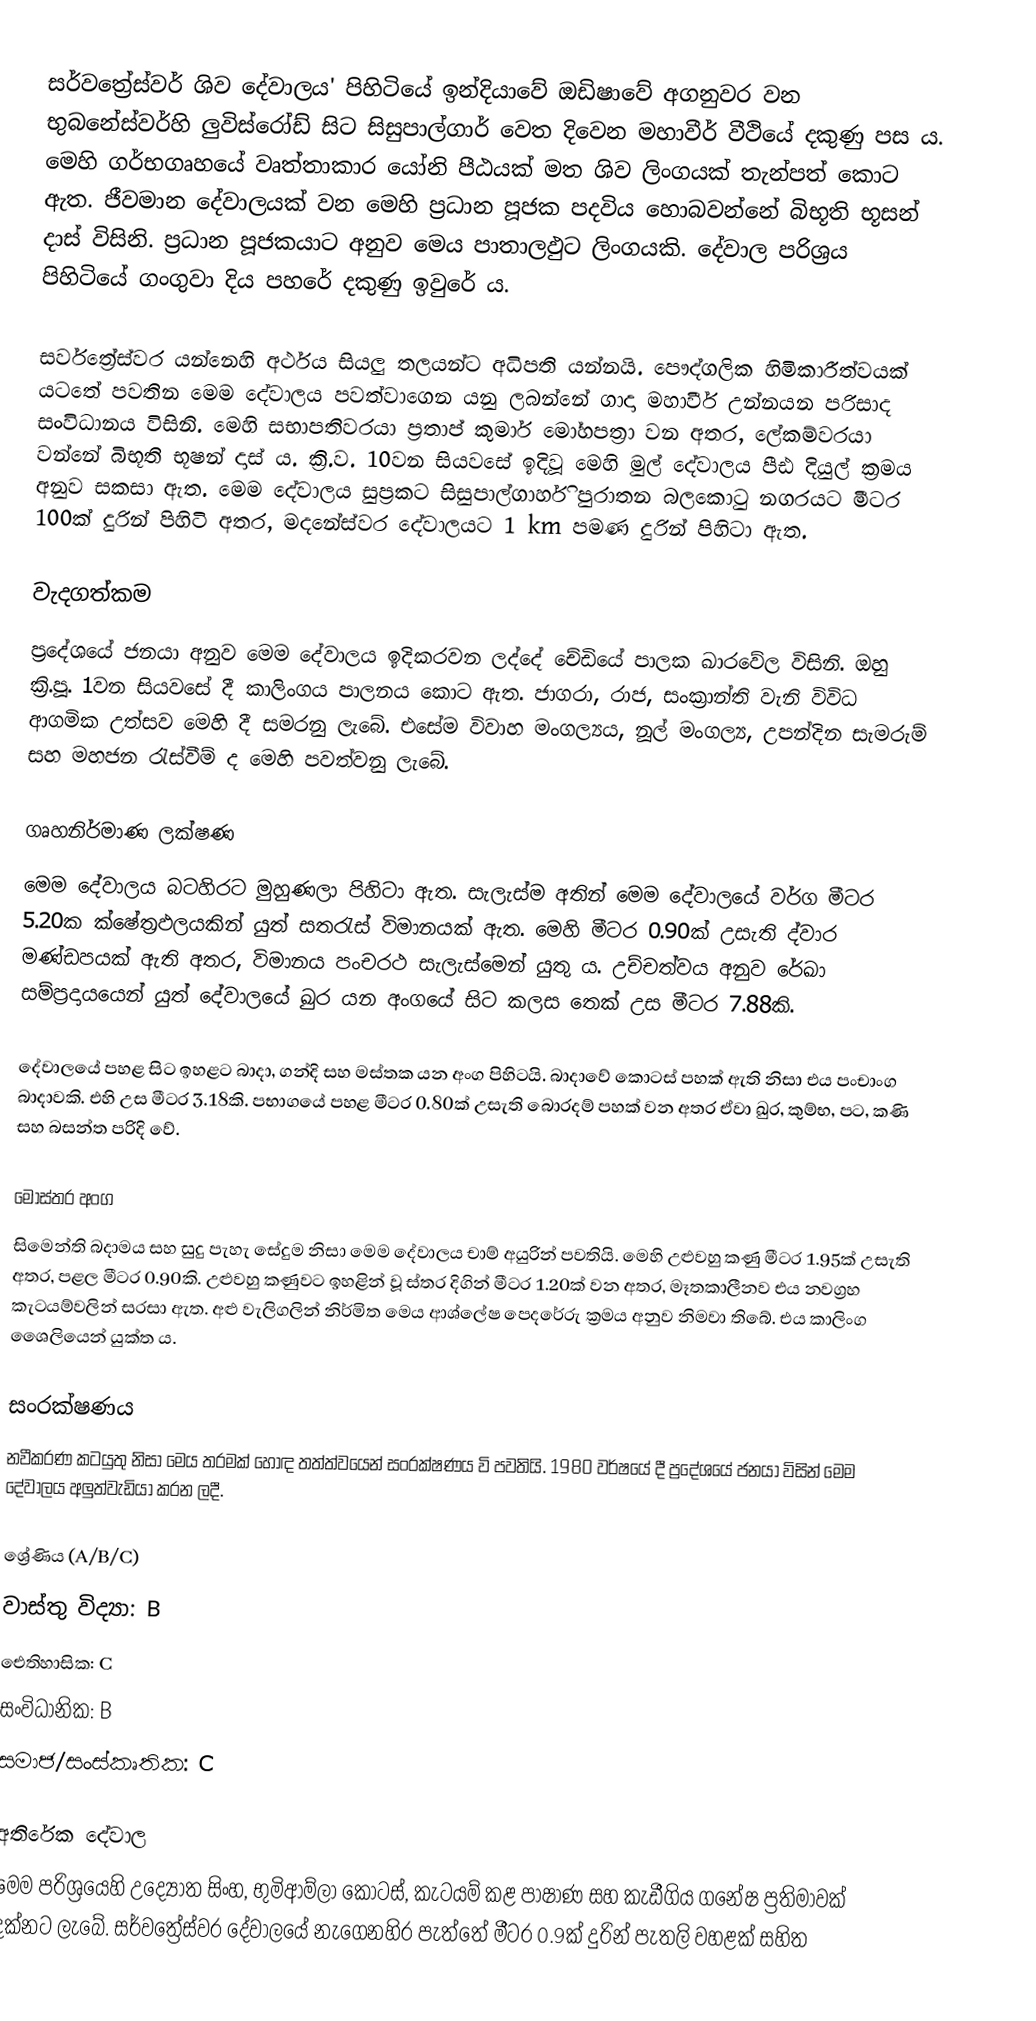
සර්වත්‍රේස්වර් ශිව දේවාලය' පිහිටියේ ඉන්දියාවේ ඔඩිෂාවේ අගනුවර වන භුබනේස්වර්හි ලුවිස්රෝඩ් සිට සිසුපාල්ගාර් වෙත දිවෙන මහාවීර් වීථියේ දකුණු පස ය. මෙහි ගර්භගෘහයේ වෘත්තාකාර යෝනි පීඨයක් මත ශිව ලිංගයක් තැන්පත් කොට ඇත. ජීවමාන දේවාලයක් වන මෙහි ප්‍රධාන පූජක පදවිය හොබවන්නේ බිභූති භූසන් දාස් විසිනි. ප්‍රධාන පූජකයාට අනුව මෙය පාතාලඵුට ලිංගයකි. දේවාල පරිශ්‍රය පිහිටියේ ගංගුවා දිය පහරේ දකුණු ඉවුරේ ය.

සර්වත්‍රේස්වර යන්නෙහි අර්ථය සියලු තලයන්ට අධිපති යන්නයි. පෞද්ගලික හිමිකාරීත්වයක් යටතේ පවතින මෙම දේවාලය පවත්වාගෙන යනු ලබන්නේ ගාදා මහාවීර් උන්නයන පරිසාද සංවිධානය විසිනි. මෙහි සභාපතිවරයා ප්‍රතාප් කුමාර් මෝහපත්‍රා වන අතර, ලේකම්වරයා වන්නේ බිභූති භූෂන් දාස් ය. ක්‍රි.ව. 10වන සියවසේ ඉදිවූ මෙහි මුල් දේවාලය පීඪ දියුල් ක්‍රමය අනුව සකසා ඇත. මෙම දේවාලය සුප්‍රකට සිසුපාල්ගාර්හි පුරාතන බලකොටු නගරයට මීටර 100ක් දුරින් පිහිටි අතර, මදනේස්වර දේවාලයට 1 km පමණ දුරින් පිහිටා ඇත.

වැදගත්කම
ප්‍රදේශයේ ජනයා අනුව මෙම දේවාලය ඉදිකරවන ලද්දේ චේඩියේ පාලක ඛාරවේල විසිනි. ඔහු ක්‍රි.පූ. 1වන සියවසේ දී කාලිංගය පාලනය කොට ඇත. ජාගරා, රාජ, සංක්‍රාන්ති වැනි විවිධ ආගමික උත්සව මෙහි දී සමරනු ලැබේ. එසේම විවාහ මංගල්‍යය, නූල් මංගල්‍ය, උපන්දින සැමරුම් සහ මහජන රැස්වීම් ද මෙහි පවත්වනු ලැබේ.

ගෘහනිර්මාණ ලක්ෂණ
මෙම දේවාලය බටහිරට මුහුණලා පිහිටා ඇත. සැලැස්ම අතින් මෙම දේවාලයේ වර්ග මීටර 5.20ක ක්ෂේත්‍රඵලයකින් යුත් සතරැස් විමානයක් ඇත. මෙහි මීටර 0.90ක් උසැති ද්වාර මණ්ඩපයක් ඇති අතර, විමානය පංචරථ සැලැස්මෙන් යුතු ය. උච්චත්වය අනුව රේඛා සම්ප්‍රදායයෙන් යුත් දේවාලයේ ඛුර යන අංගයේ සිට කලස තෙක් උස මීටර 7.88කි.

දේවාලයේ පහළ සිට ඉහළට බාදා, ගන්දි සහ මස්තක යන අංග පිහිටයි. බාදාවේ කොටස් පහක් ඇති නිසා එය පංචාංග බාදාවකි. එහි උස මීටර 3.18කි. පභාගයේ පහළ මීටර 0.80ක් උසැති බොරදම් පහක් වන අතර ඒවා ඛුර, කුම්භ, පට, කණි සහ බසන්ත පරිදි වේ.

මෝස්තර අංග
සිමෙන්ති බදාමය සහ සුදු පැහැ සේදුම නිසා මෙම දේවාලය චාම් අයුරින් පවතියි. මෙහි උළුවහු කණු මීටර 1.95ක් උසැති අතර, පළල මීටර 0.90කි. උළුවහු කණුවට ඉහළින් වූ ස්තර දිගින් මීටර 1.20ක් වන අතර, මෑතකාලීනව එය නවග්‍රහ කැටයම්වලින් සරසා ඇත. අළු වැලිගලින් නිර්මිත මෙය ආශ්ලේෂ පෙදරේරු ක්‍රමය අනුව නිමවා තිබේ. එය කාලිංග ශෛලියෙන් යුක්ත ය.

සංරක්ෂණය
නවීකරණ කටයුතු නිසා මෙය තරමක් හොඳ තත්ත්වයෙන් සංරක්ෂණය වි පවතියි. 1980 වර්ෂයේ දී ප්‍රදේශයේ ජනයා විසින් මෙම දේවාලය අලුත්වැඩියා කරන ලදී.

ශ්‍රේණිය (A/B/C)
 වාස්තු විද්‍යා: B
 ඓතිහාසික: C
 සංවිධානික: B
 සමාජ/සංස්කෘතික: C

අතිරේක දේවාල
මෙම පරිශ්‍රයෙහි උද්‍යෝත සිංහ, භුමිආම්ලා කොටස්, කැටයම් කළ පාෂාණ සහ කැඩීගිය ගනේෂ ප්‍රතිමාවක් දක්නට ලැබේ. සර්වත්‍රේස්වර දේවාලයේ නැගෙනහිර පැත්තේ මීටර 0.9ක් දුරින් පැතලි වහළක් සහිත